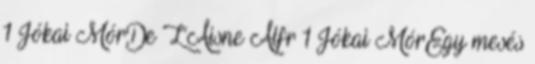
1 Jókai MórDe L’Aisne Alfr 1 Jókai MórEgy mesés